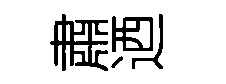
肅迺